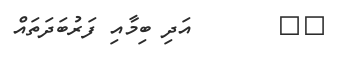
١٤       އަދި ބިމާއި ފަރުބަދަތައް